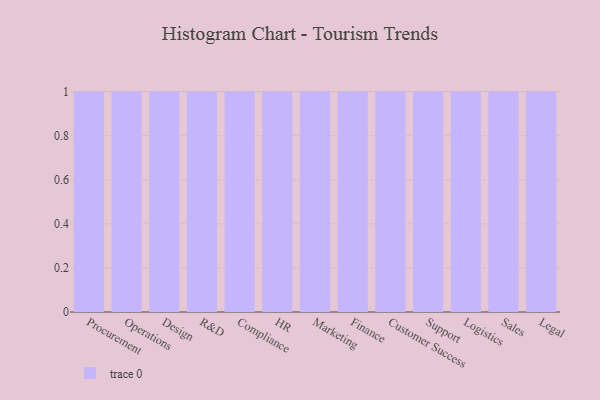
{"axis": {"x": "Department", "y": "Gross Profit (USD K)"}, "legend": [""], "data": [{"x": "Procurement", "y": 35, "type": ""}, {"x": "Operations", "y": 44, "type": ""}, {"x": "Design", "y": 63, "type": ""}, {"x": "R&D", "y": 68, "type": ""}, {"x": "Compliance", "y": 70, "type": ""}, {"x": "HR", "y": 2, "type": ""}, {"x": "Marketing", "y": 87, "type": ""}, {"x": "Finance", "y": 15, "type": ""}, {"x": "Customer Success", "y": 68, "type": ""}, {"x": "Support", "y": 77, "type": ""}, {"x": "Logistics", "y": 62, "type": ""}, {"x": "Sales", "y": 81, "type": ""}, {"x": "Legal", "y": 44, "type": ""}]}